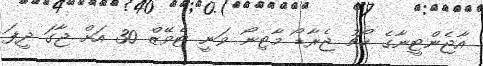
އާޖެންޓީނާގެ ކޯޗު ޖެރާޑޯ މާޓިނޯ ވަނީ ޓެވޭޒް 30 އަށް ޖާގަ ދީފަ